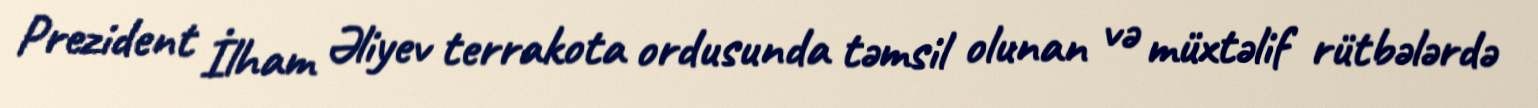
Prezident İlham Əliyev terrakota ordusunda təmsil olunan və müxtəlif rütbələrdə